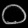
Digit: ၀